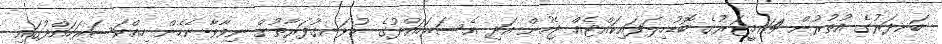
ބަނދަރުގެ އުތުރުން 114މީޓަރުގެ ބޮޑުހިލަފައިކައްޓެއް ޖެހުން އަދި އެސަރަހައްދުގެ ހުޅަނގުފަރާތުން ނިވާވާނެހެން ހިއްކަސަރަހައްދުގައި